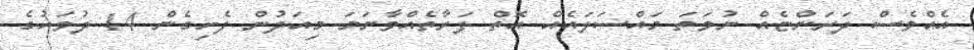
އެއްވެސް ދަރަންޏެއް ނުވަތަ މައްސަލައެއް އޮތް ފަރާތެއްވާނަމަ މިއަދުން ފެށިގެން 14 ދުވަހުގެ